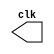
module clock_generator (
  output clk
);

reg clk;

always #5 clk = ~clk; // toggle clock every 5 ns

endmodule